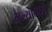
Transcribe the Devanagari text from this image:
मूल्यामध्ये